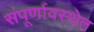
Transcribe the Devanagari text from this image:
संपूर्णावस्थेत